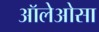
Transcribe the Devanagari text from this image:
ऑलेओसा